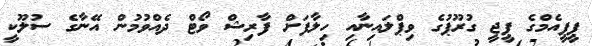
ޕީޕީއެމްގެ ޕީޖީ ގުރޫޕުގެ ވިޕްލައިނާއި ހިލާފަށް ފާރިޝް ވޯޓް ދެއްވުމުން އޭނާގެ ސުލޫކީ